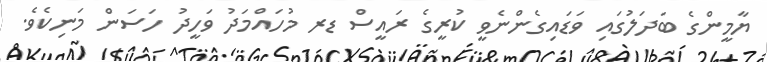
ޔާމީންގެ ބަދަލުގައި ވަޑައިގެންނެވީ ކުރީގެ ރައީސް ޑރ މުހައްމަދު ވަހީދު ހަސަން މަނިކެވެ.